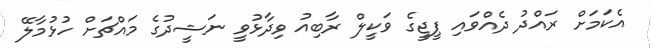
އެކަމަށް ރައްދު ދެއްވައި ޕީޖީގެ ވަކީލް ރާބިއު ވިދާޅުވީ ނަޝީދުގެ މައްޗަށް ހުޅުމާލޭ